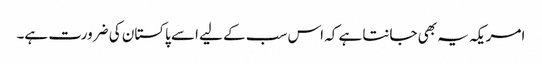
امریکہ یہ بھی جانتا ہے کہ اس سب کے لیے اسے پاکستان کی ضرورت ہے۔